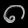
Digit: ၈